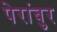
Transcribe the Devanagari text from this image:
पेरांबुर